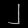
Digit: ၂